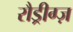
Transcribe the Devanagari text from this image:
रौड्रीग्ज़